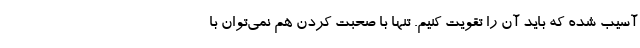
آسیب شده که باید آن را تقویت کنیم. تنها با صحبت کردن هم نمی‌توان با